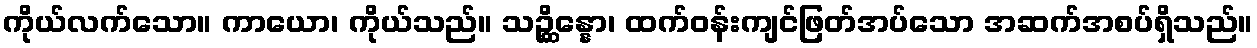
ကိုယ်လက်သော။ ကာယော၊ ကိုယ်သည်။ သဉ္ဆိန္နော၊ ထက်ဝန်းကျင်ဖြတ်အပ်သော အဆက်အစပ်ရှိသည်။